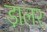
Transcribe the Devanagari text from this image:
डा़लर